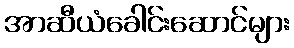
အာဆီယံခေါင်းဆောင်များ